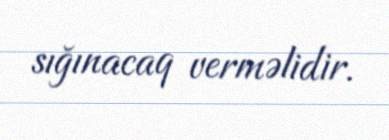
sığınacaq verməlidir.